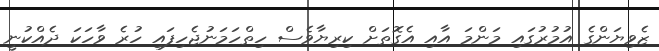
ޒެވިޔަންގެ އުމުރުގައި މަންމަ އާއި އެގޮތަށް ކިރިޔާވެސް ހިތްހަމަނުޖެހިފައި ހުރެ ވާހަކަ ދެއްކުނީ